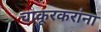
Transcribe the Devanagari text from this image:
चाकूरकरांना